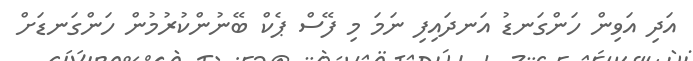
އަދި އަވިން ހަންގަނޑު އަނދައިފި ނަމަ މި ފޭސް ޕެކް ބޭނުންކުރުމުން ހަންގަނޑަށް